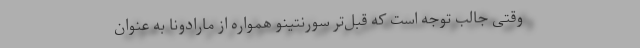
وقتی جالب توجه است که قبل‌تر سورنتینو همواره از مارادونا به عنوان